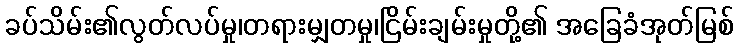
ခပ်သိမ်း၏လွတ်လပ်မှု၊တရားမျှတမှု၊ငြိမ်းချမ်းမှုတို့၏ အခြေခံအုတ်မြစ်